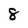
Character: 8